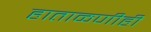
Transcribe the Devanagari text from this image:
हाताळणीही